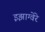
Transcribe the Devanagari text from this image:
इझाग्वेरे